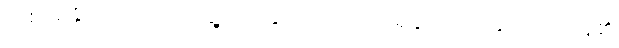
တစ်ခုရနိုင်သည် ကြုံတွေ့သည်နှင့် လေ့လာသိရှိနိုင်သည် နိုးထလာနေ၏